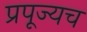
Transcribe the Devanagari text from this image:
प्रपूज्यच